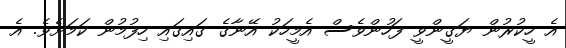
އެ ހީކުރުން ޔަގީންވީ ފަހުންވެސް އެމީހަކު އޭނާގެ ގައިގައި ހިފުމުން ކަމަށެވެ. އެ